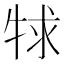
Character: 𤙠